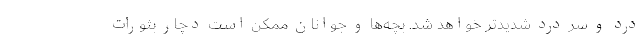
درد و سر درد شدیدتر خواهد شد. بچه‌ها و جوانان ممکن است دچار بثورات